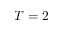
T = 2